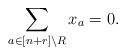
LaTeX: \begin{align*}\sum_{a \in [n+r] \setminus R} x_a=0.\end{align*}